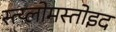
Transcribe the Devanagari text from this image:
स्त्य्लोमस्तोइद